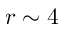
r \sim 4